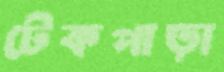
টেকপাড়া